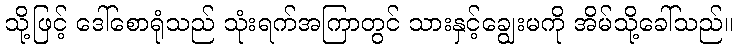
သို့ဖြင့် ဒေါ်စောရုံသည် သုံးရက်အကြာတွင် သားနှင့်ချွေးမကို အိမ်သို့ခေါ်သည်။